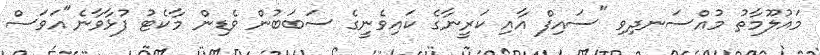
މައުލޫމާތު މުއްސަނދިވި "ސައިފް އާއި ކަރީނާގެ ކައިވެނީގެ ސަބަބުން ވެޑިން މާކެޓު ފުޅާވާނެ"އަވަސް